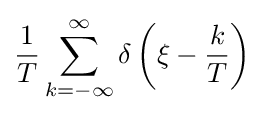
{\frac {1}{T}}\sum _{k=-\infty }^{\infty }\delta \left(\xi -{\frac {k}{T}}\right)